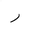
Letter: _ra